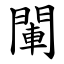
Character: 閳